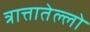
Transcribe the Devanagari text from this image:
त्रात्तातेल्लो